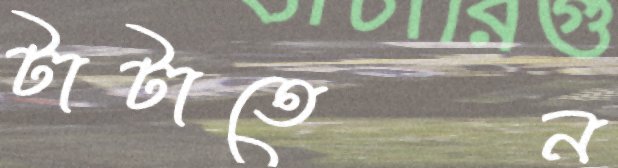
টাটাতেন